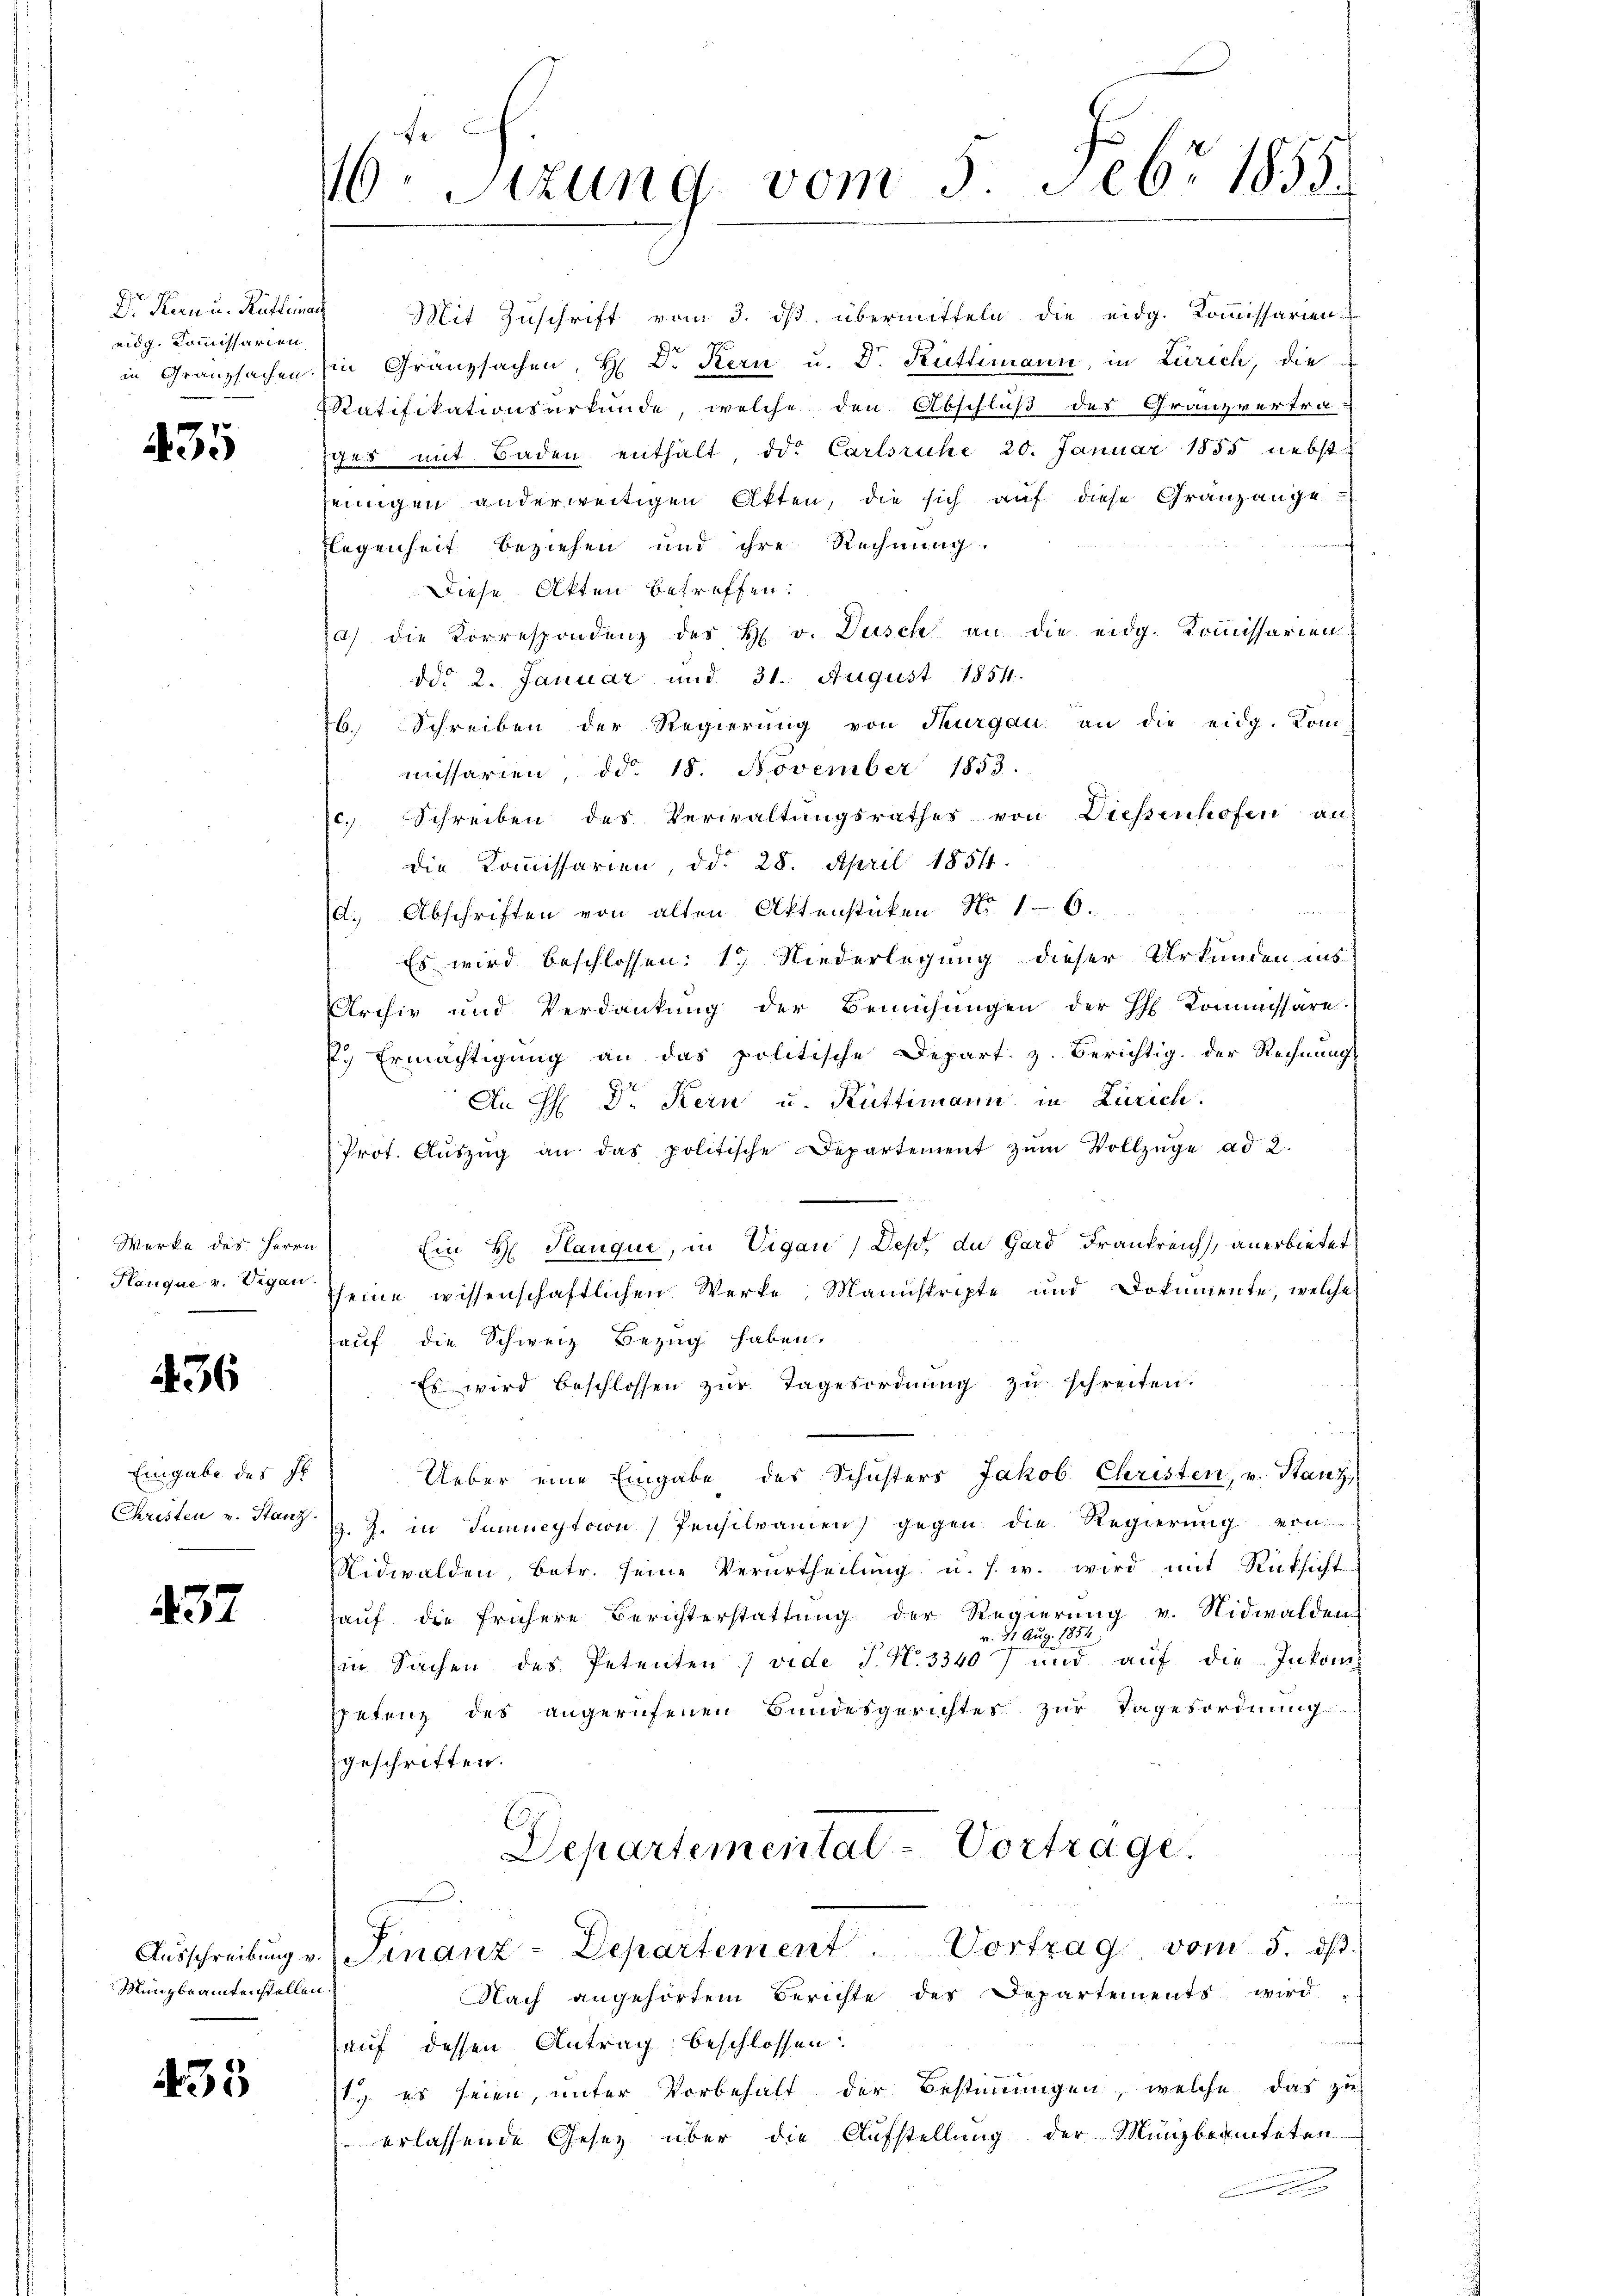
eidg. Kommissarien
in Granzsachen.

435

Werke des Herrn
Hanque v. Vigan.

436

Eingabe des Hr
Christen v. Stanz.

437

Ausschreibung v.
Münzbranntenstellen.

435

e
10. Sizung vom 5. Febr 1855.

Dr Kern u. Rüttina Mit Zuschrift vom 3. ds. übermitteln die eidg. Kommissarien-
in Gränzsachen, H. Dr Kern u. Dr. Rüttimann, in Zürich, die
Ratifikationsurkunde, welche den Abschluß des Granzvertraiges mit Baden enthält, der Carlsruhe 20. Januar 1855 nebst
einigen anderweitigen Akten, die sich auf diese Granzange-
Flegenheit beziehen und ihre Rechnung.
Diese Akten betreffen:
a) die Korrespondenz des H. v. Dusch an die eidg. Kommissarien
ddo 2. Januar und 31. August 1854.
26. Schreiben der Regierŭng von Thurgau an die eidg. Kom-
missarien, ddo. 18. November 1853.
c. Schreiben des Verwaltŭngsrathes von Diessenhofen an
die Kommissarien, ddo 28. April 1854.
d. Abschriften von alten Aktenstücken No. 16.
Es wird beschlossen: 1) Niederlegung dieser Urkunden ins
Archiv und Verdankung der Bemühungen der H Kommissäre.
P. Ermächtigung an das politische Depart. z. Berichtig der Rechnung
An H: Dr. Kein u. Rüttimann in Zürich.
Prot. Aŭszŭg an das politische Departement zŭm Vollzüge ad 2.
Ein H. Plauque, in Vigan, Dept, du Gard Frankreich, anerbietet
seine wissenschaftlichen Werke, Manuskripte und Dokumente, welches
auf die Schweiz Bezug haben.
Es wird beschlossen zŭr Tagesordnŭng zŭ schreiten.
Ueber eine Eingabe des Schŭsters Jakob. Christen, v. Stanz,
Z. Z. in Tumueytoion) Pensilvanien) gegen die Regierung von
Nidwalden, betr. seine Verurtheilŭng u. s. w. wird mit Rücksicht
hauf die frühere Berichterstattung der Regierung v. Nidwalden
z. 1854
v. St. Au
in Sachen des Petenten (vide P. N. 3340) und auf die Inkomspetenz des angerufenen Bundesgerichtes zur Tagesordnung
geschritten.
Departemental-Vortrage.
Finanz-Departement. Vortrag vom 5. ds
Nach angehörtem Berichte der Departements wird
auf dessen Antrag beschlossen:
1. es seien, unter Vorbehalt der Bestimmungen, welche das zu-
erlassende Gesetz über die Aufstellung der Münzbauteten
g